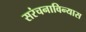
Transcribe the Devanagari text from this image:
सरंचनाविन्यास